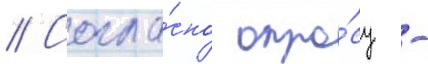
// Согла́сно опро́су -